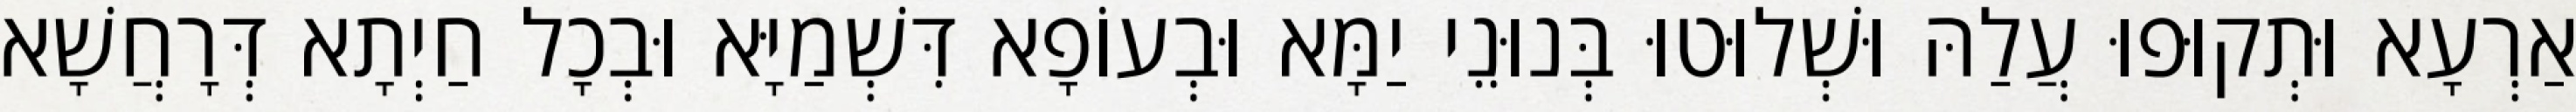
אַרְעָא וּתְקוּפוּ עֲלַהּ וּשְׁלוּטוּ בְּנוּנֵי יַמָּא וּבְעוֹפָא דִּשְׁמַיָּא וּבְכָל חַיְתָא דְּרָחֲשָׁא